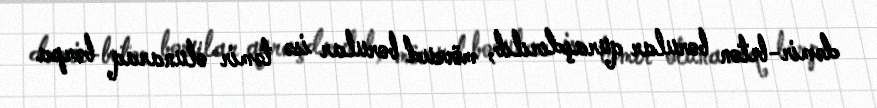
dəmir-beton borular quraşdırılıb, mövcud borular isə təmir olunaraq bərpa